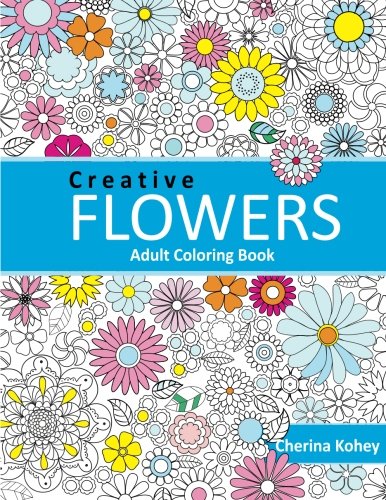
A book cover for Adult Coloring Book: Creative flowers : Coloring Book Flowers for Relaxation (Volume 3); Cherina Kohey; Crafts, Hobbies & Home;